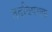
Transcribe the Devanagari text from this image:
तदविषयक